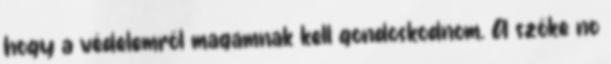
hogy a védelemről magamnak kell gondoskodnom. A szőke no